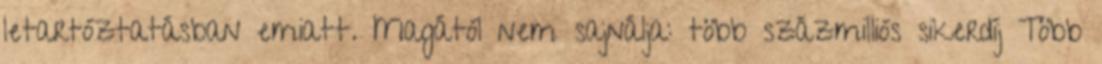
letartóztatásban emiatt. Magától nem sajnálja: több százmilliós sikerdíj Több